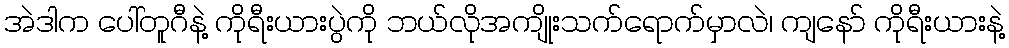
အဲဒါက ပေါ်တူဂီနဲ့ ကိုရီးယားပွဲကို ဘယ်လိုအကျိုးသက်ရောက်မှာလဲ၊ ကျနော် ကိုရီးယားနဲ့